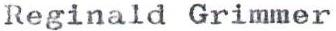
Reginald Grimmer